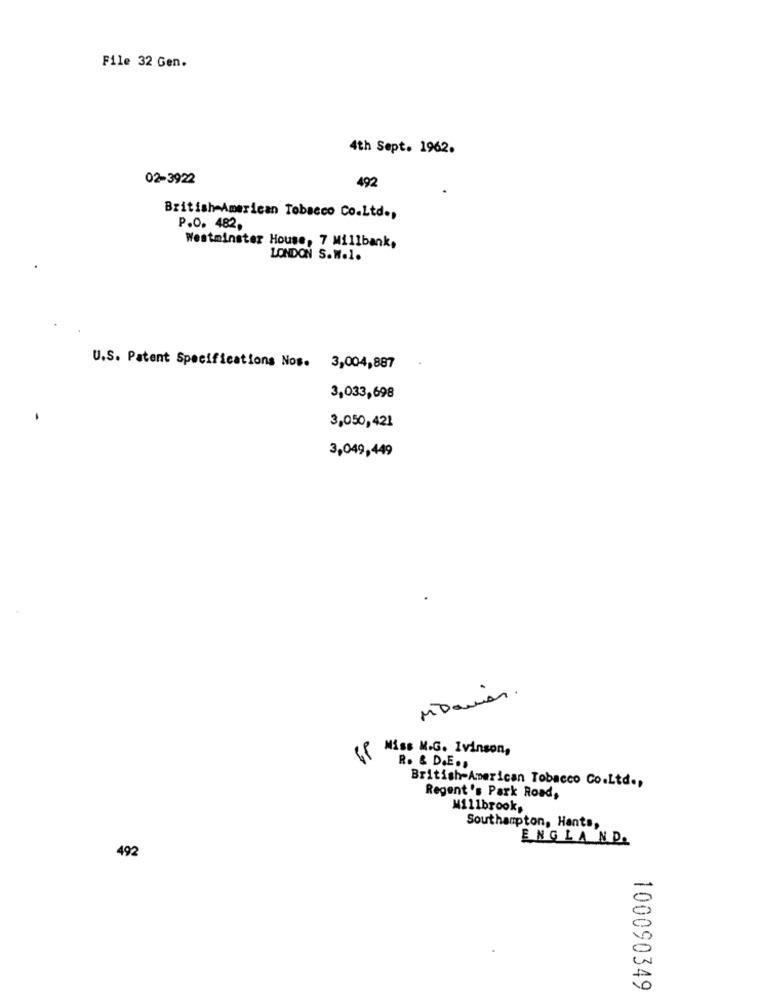
File 32 Gen.
4th Sept. 1962.
02-3922
492
British American Tobacco Co.Ltd .,
P.O. 482,
Westminster House, 7 Millbank,
LONDON S.W.l.
U.S. Patent Specifications Nos. 3,004,887
3,033,698
3,050,421
3,049,449
Miss M.G. Ivinson,
R. & D.E .s
British American Tobacco Co.Ltd .,
Regent 's Park Road,
Millbrook,
Southampton, Hants,
ENGLAND.
492
100090349